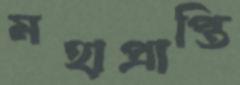
মহাপ্রাপ্তি